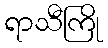
ရာသီကြို